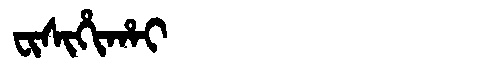
Manchu: ᠸᡳᠰᡳᡥᡳᡥᠠᡳ
Romanization: FISIHIHAI